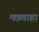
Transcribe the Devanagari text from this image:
मछवाहा